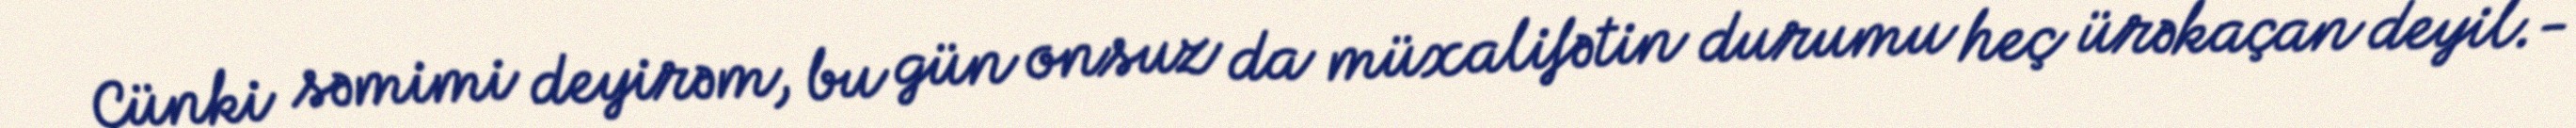
Çünki səmimi deyirəm, bu gün onsuz da müxalifətin durumu heç ürəkaçan deyil.-